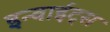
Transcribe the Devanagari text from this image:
इन्वाईट्स